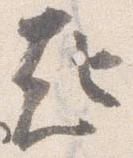
起